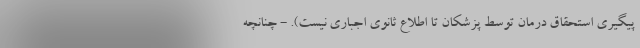
پیگیری استحقاق درمان توسط پزشکان تا اطلاع ثانوی اجباری نیست). - چنانچه